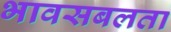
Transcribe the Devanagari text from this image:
भावसबलता